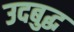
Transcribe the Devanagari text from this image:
उदबुद्ध